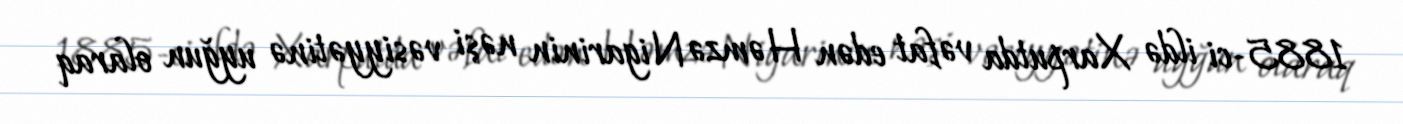
1885-ci ildə Xarputda vəfat edən Həmzə Nigarinin nəşi vəsiyyətinə uyğun olaraq